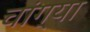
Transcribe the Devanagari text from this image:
चांग्या